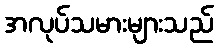
အလုပ်သမားများသည်